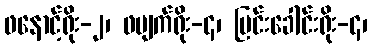
ဖနောင့်ရိုး-၂၊ ဖမျက်ရိုး-၄၊ မြင်းခေါင်းရိုး-၄၊